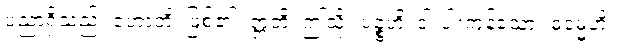
ပညာရှိသည်။ ဟောတိ၊ ဖြစ်၏။ ဣတိ၊ ဤသို့။ ပဉ္စဟိ၊ ငါးပါးကုန်သော။ ဓမ္မေဟိ၊